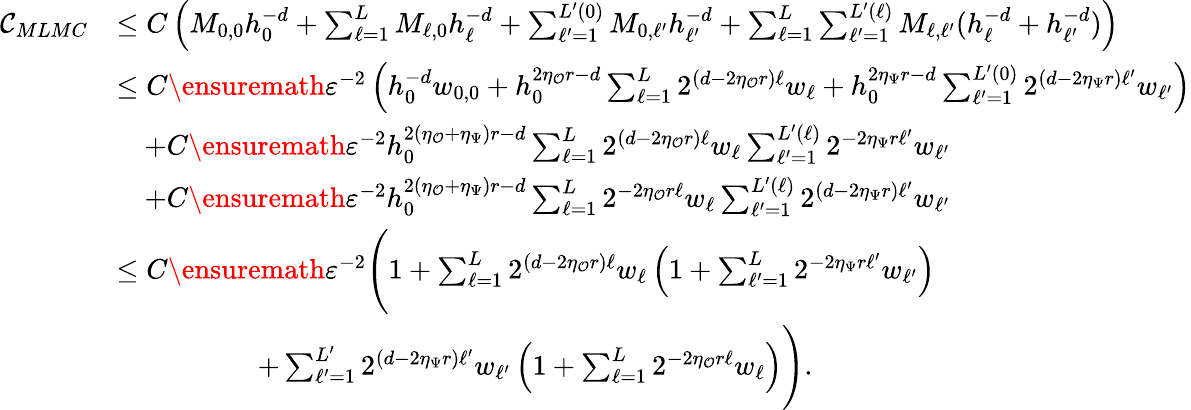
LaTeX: \begin{array}{rl}{\mathcal{C}_{MLMC}}&{\le C\left(M_{0,0}h_{0}^{-d}+\sum_{\ell=1}^{L}M_{\ell,0}h_{\ell}^{-d}+\sum_{\ell^{\prime}=1}^{L^{\prime}(0)}M_{0,\ell^{\prime}}h_{\ell^{\prime}}^{-d}+\sum_{\ell=1}^{L}\sum_{\ell^{\prime}=1}^{L^{\prime}(\ell)}M_{\ell,\ell^{\prime}}(h_{\ell}^{-d}+h_{\ell^{\prime}}^{-d})\right)}\\ &{\le C\ensuremath{\varepsilon}^{-2}\left(h_{0}^{-d}w_{0,0}+h_{0}^{2\eta_{\mathcal{O}}r-d}\sum_{\ell=1}^{L}2^{(d-2\eta_{\mathcal{O}}r)\ell}w_{\ell}+h_{0}^{2\eta_{\Psi}r-d}\sum_{\ell^{\prime}=1}^{L^{\prime}(0)}2^{(d-2\eta_{\Psi}r)\ell^{\prime}}w_{\ell^{\prime}}\right)}\\ &{\quad+C\ensuremath{\varepsilon}^{-2}h_{0}^{2(\eta_{\mathcal{O}}+\eta_{\Psi})r-d}\sum_{\ell=1}^{L}2^{(d-2\eta_{\mathcal{O}}r)\ell}w_{\ell}\sum_{\ell^{\prime}=1}^{L^{\prime}(\ell)}2^{-2\eta_{\Psi}r\ell^{\prime}}w_{\ell^{\prime}}}\\ &{\quad+C\ensuremath{\varepsilon}^{-2}h_{0}^{2(\eta_{\mathcal{O}}+\eta_{\Psi})r-d}\sum_{\ell=1}^{L}2^{-2\eta_{\mathcal{O}}r\ell}w_{\ell}\sum_{\ell^{\prime}=1}^{L^{\prime}(\ell)}2^{(d-2\eta_{\Psi}r)\ell^{\prime}}w_{\ell^{\prime}}}\\ &{\le C\ensuremath{\varepsilon}^{-2}\Bigg(1+\sum_{\ell=1}^{L}2^{(d-2\eta_{\mathcal{O}}r)\ell}w_{\ell}\left(1+\sum_{\ell^{\prime}=1}^{L}2^{-2\eta_{\Psi}r\ell^{\prime}}w_{\ell^{\prime}}\right)}\\ &{\qquad\quad\qquad+\sum_{\ell^{\prime}=1}^{L^{\prime}}2^{(d-2\eta_{\Psi}r)\ell^{\prime}}w_{\ell^{\prime}}\left(1+\sum_{\ell=1}^{L}2^{-2\eta_{\mathcal{O}}r\ell}w_{\ell}\right)\Bigg).}\end{array}